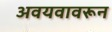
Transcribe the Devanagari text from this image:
अवयवावरून